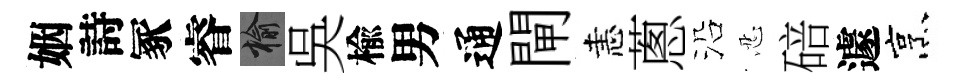
姻詩冢睿榆吳楡男通閘恚蔥沿忍碚遽烹